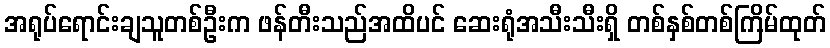
အရုပ်ရောင်းချသူတစ်ဦးက ဖန်တီးသည်အထိပင် ဆေးရုံအသီးသီးရှိ တစ်နှစ်တစ်ကြိမ်ထုတ်